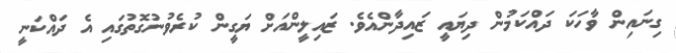
ގިނައިން ވާހަކަ ދައްކަމުން ދިޔައީ ޒައިދާންއެވެ. ޒައިލީންއަށް ޔަގީން ކުރެވުނުގޮތުގައި އެ ދައްކަނީ